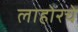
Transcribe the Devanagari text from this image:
लाहोरचे